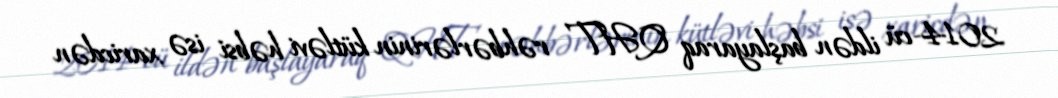
2014-cü ildən başlayaraq QHT rəhbərlərinin kütləvi həbsi isə xaricdən